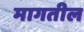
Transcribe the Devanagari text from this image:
मागतील